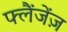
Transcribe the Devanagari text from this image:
फ्लैंजेंज़